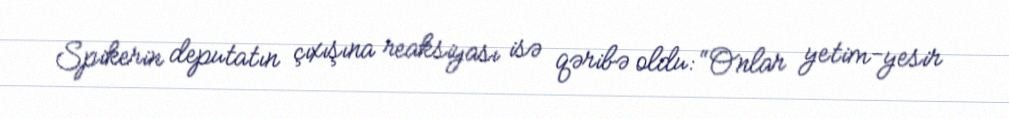
Spikerin deputatın çıxışına reaksiyası isə qəribə oldu: “Onlar yetim-yesir